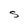
Character: S